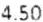
4.50